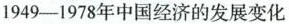
1949-1978年中国经济的发展变化